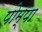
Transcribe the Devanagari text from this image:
पोम्पा